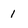
Character: 1